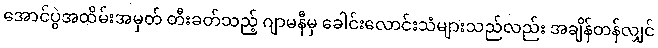
အောင်ပွဲအထိမ်းအမှတ် တီးခတ်သည့် ဂျာမနီမှ ခေါင်းလောင်းသံများသည်လည်း အချိန်တန်လျှင်